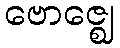
ဗောဇ္ဈေ